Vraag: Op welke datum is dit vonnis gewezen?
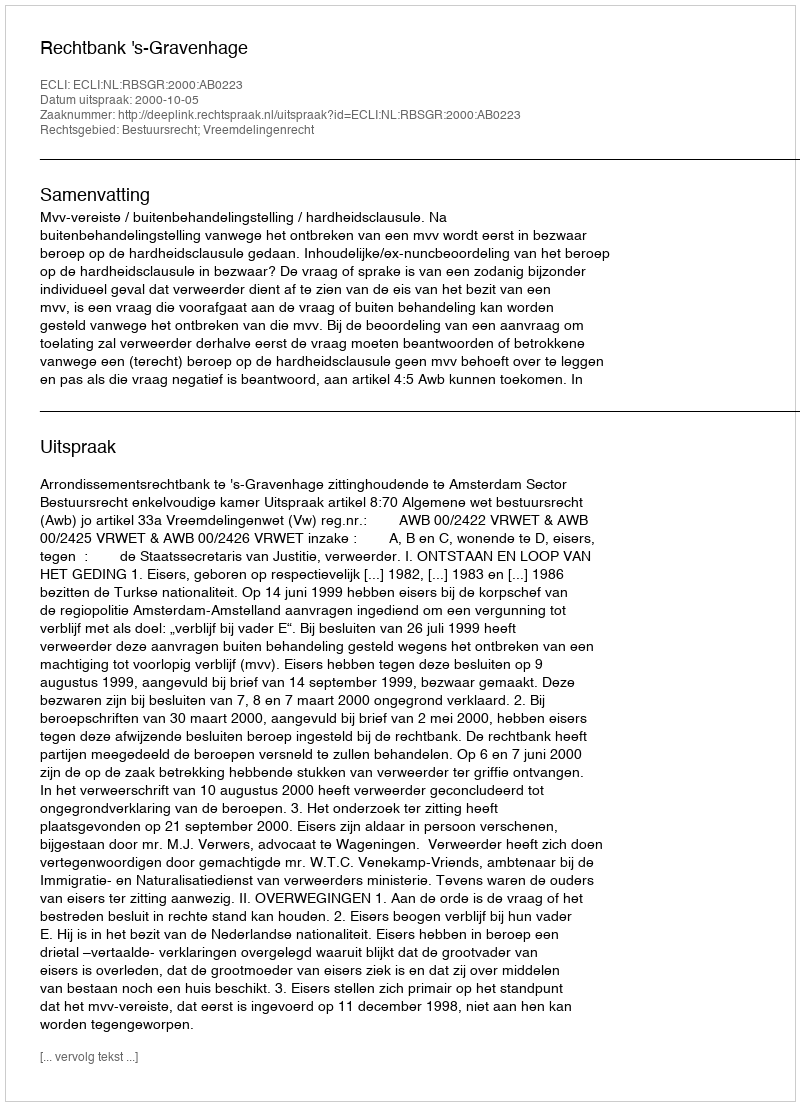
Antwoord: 2000-10-05